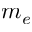
m _ { e }